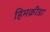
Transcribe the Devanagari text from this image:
हिमक्रीडा